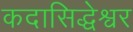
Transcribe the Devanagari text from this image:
कदासिद्धेश्वर